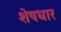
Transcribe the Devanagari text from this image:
शेषधार